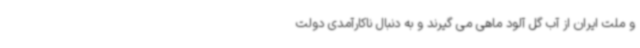
و ملت ایران از آب گل آلود ماهی می گیرند و به دنبال ناکارآمدی دولت